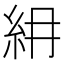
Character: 𥾢